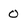
Character: 0